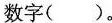
数字( ) 。